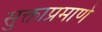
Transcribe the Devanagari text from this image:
सुक्ताप्रमाणे